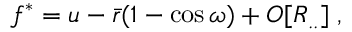
f ^ { * } = u - { \bar { r } } ( 1 - \cos \omega ) + O [ R _ { . . } ] \; ,